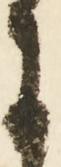
に